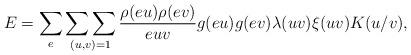
LaTeX: \begin{align*} E=\sum_e\mathop{\sum\sum}_{(u,v)=1}\frac{\rho(eu)\rho(ev)}{euv} g(eu)g(ev)\lambda(uv)\xi(uv)K(u/v),\end{align*}